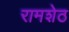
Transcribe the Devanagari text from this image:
रामशेठ